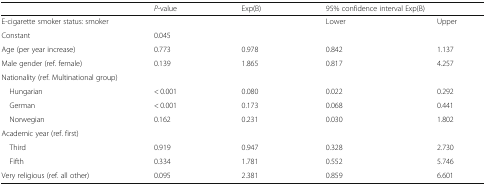
<table><thead><tr><td></td><td><b><i>P</i>-value</b></td><td><b>Exp(B)</b></td><td colspan="2"><b>95% confidence interval Exp(B)</b></td></tr></thead><tbody><tr><td colspan="2">E-cigarette smoker status: smoker</td><td></td><td>Lower</td><td>Upper</td></tr><tr><td>Constant</td><td>0.045</td><td></td><td></td><td></td></tr><tr><td>Age (per year increase)</td><td>0.773</td><td>0.978</td><td>0.842</td><td>1.137</td></tr><tr><td>Male gender (ref. female)</td><td>0.139</td><td>1.865</td><td>0.817</td><td>4.257</td></tr><tr><td colspan="5">Nationality (ref. Multinational group)</td></tr><tr><td> Hungarian</td><td>&lt; 0.001</td><td>0.080</td><td>0.022</td><td>0.292</td></tr><tr><td> German</td><td>&lt; 0.001</td><td>0.173</td><td>0.068</td><td>0.441</td></tr><tr><td> Norwegian</td><td>0.162</td><td>0.231</td><td>0.030</td><td>1.802</td></tr><tr><td colspan="5">Academic year (ref. first)</td></tr><tr><td> Third</td><td>0.919</td><td>0.947</td><td>0.328</td><td>2.730</td></tr><tr><td> Fifth</td><td>0.334</td><td>1.781</td><td>0.552</td><td>5.746</td></tr><tr><td>Very religious (ref. all other)</td><td>0.095</td><td>2.381</td><td>0.859</td><td>6.601</td></tr></tbody></table>